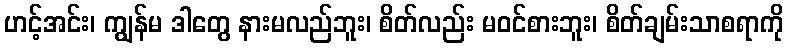
ဟင့်အင်း၊ ကျွန်မ ဒါတွေ နားမလည်ဘူး၊ စိတ်လည်း မဝင်စားဘူး၊ စိတ်ချမ်းသာစရာကို